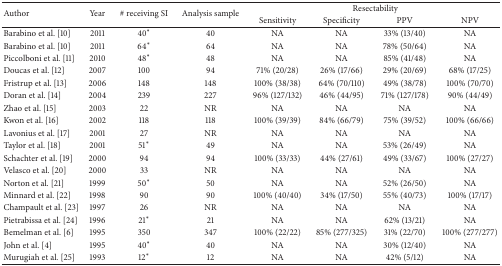
<table><thead><tr><td rowspan="2"><b>Author</b></td><td rowspan="2"><b>Year</b></td><td rowspan="2"><b># receiving SI</b></td><td rowspan="2"><b>Analysis sample</b></td><td colspan="4"><b>Resectability</b></td></tr><tr><td><b>Sensitivity</b></td><td><b>Specificity</b></td><td><b>PPV </b></td><td><b>NPV</b></td></tr></thead><tbody><tr><td>Barabino et al. [10]</td><td>2011</td><td>40<sup><i>∗</i></sup></td><td>40</td><td>NA</td><td>NA</td><td>33% (13/40)</td><td>NA</td></tr><tr><td>Barabino et al. [10]</td><td>2011</td><td>64<sup><i>∗</i></sup></td><td>64</td><td>NA</td><td>NA</td><td>78% (50/64)</td><td>NA</td></tr><tr><td>Piccolboni et al. [11]</td><td>2010</td><td>48<sup><i>∗</i></sup></td><td>48</td><td>NA</td><td>NA</td><td>85% (41/48)</td><td>NA</td></tr><tr><td>Doucas et al. [12]</td><td>2007</td><td>100</td><td>94</td><td>71% (20/28)</td><td>26% (17/66)</td><td>29% (20/69)</td><td>68% (17/25)</td></tr><tr><td>Fristrup et al. [13]</td><td>2006</td><td>148</td><td>148</td><td>100% (38/38)</td><td>64% (70/110)</td><td>49% (38/78)</td><td>100% (70/70)</td></tr><tr><td>Doran et al. [14]</td><td>2004</td><td>239</td><td>227</td><td>96% (127/132)</td><td>46% (44/95)</td><td>71% (127/178)</td><td>90% (44/49)</td></tr><tr><td>Zhao et al. [15]</td><td>2003</td><td>22</td><td>NR</td><td>NA</td><td>NA</td><td>NA</td><td>NA</td></tr><tr><td>Kwon et al. [16]</td><td>2002</td><td>118</td><td>118</td><td>100% (39/39)</td><td>84% (66/79)</td><td>75% (39/52)</td><td>100% (66/66)</td></tr><tr><td>Lavonius et al. [17]</td><td>2001</td><td>27</td><td>NR</td><td>NA</td><td>NA</td><td>NA</td><td>NA</td></tr><tr><td>Taylor et al. [18]</td><td>2001</td><td>51<sup><i>∗</i></sup></td><td>49</td><td>NA</td><td>NA</td><td>53% (26/49)</td><td>NA</td></tr><tr><td>Schachter et al. [19]</td><td>2000</td><td>94</td><td>94</td><td>100% (33/33)</td><td>44% (27/61)</td><td>49% (33/67)</td><td>100% (27/27)</td></tr><tr><td>Velasco et al. [20]</td><td>2000</td><td>33</td><td>NR</td><td>NA</td><td>NA</td><td>NA</td><td>NA</td></tr><tr><td>Norton et al. [21]</td><td>1999</td><td>50<sup><i>∗</i></sup></td><td>50</td><td>NA</td><td>NA</td><td>52% (26/50)</td><td>NA</td></tr><tr><td>Minnard et al. [22]</td><td>1998</td><td>90</td><td>90</td><td>100% (40/40)</td><td>34% (17/50)</td><td>55% (40/73)</td><td>100% (17/17)</td></tr><tr><td>Champault et al. [23]</td><td>1997</td><td>26</td><td>NR</td><td>NA</td><td>NA</td><td>NA</td><td>NA</td></tr><tr><td>Pietrabissa et al. [24]</td><td>1996</td><td>21<sup><i>∗</i></sup></td><td>21</td><td>NA</td><td>NA</td><td>62% (13/21)</td><td>NA</td></tr><tr><td>Bemelman et al. [6]</td><td>1995</td><td>350</td><td>347</td><td>100% (22/22)</td><td>85% (277/325)</td><td>31% (22/70)</td><td>100% (277/277)</td></tr><tr><td>John et al. [4]</td><td>1995</td><td>40<sup><i>∗</i></sup></td><td>40</td><td>NA</td><td>NA</td><td>30% (12/40)</td><td>NA</td></tr><tr><td>Murugiah et al. [25]</td><td>1993</td><td>12<sup><i>∗</i></sup></td><td>12</td><td>NA</td><td>NA</td><td>42% (5/12)</td><td>NA</td></tr></tbody></table>